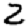
Digit: 2